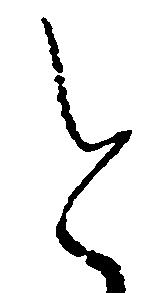
と